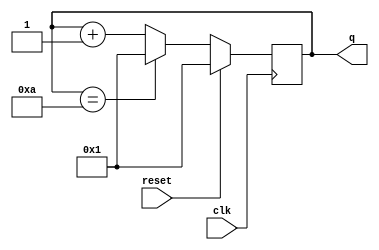
module top_module (
    input clk,
    input reset,
    output [3:0] q);

    always @ (posedge clk) begin
        if (reset) q <= 4'd1;
        else if (q == 4'd10) q<= 4'd1;
        else q <= q+4'd1;
    end
    
endmodule